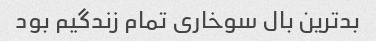
بدترین بال سوخاری تمام زندگیم بود